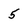
Character: 5